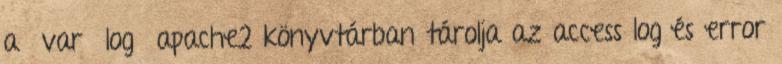
a var log apache2 könyvtárban tárolja az access log és error